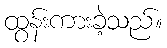
ထွန်းကားခဲ့သည်။